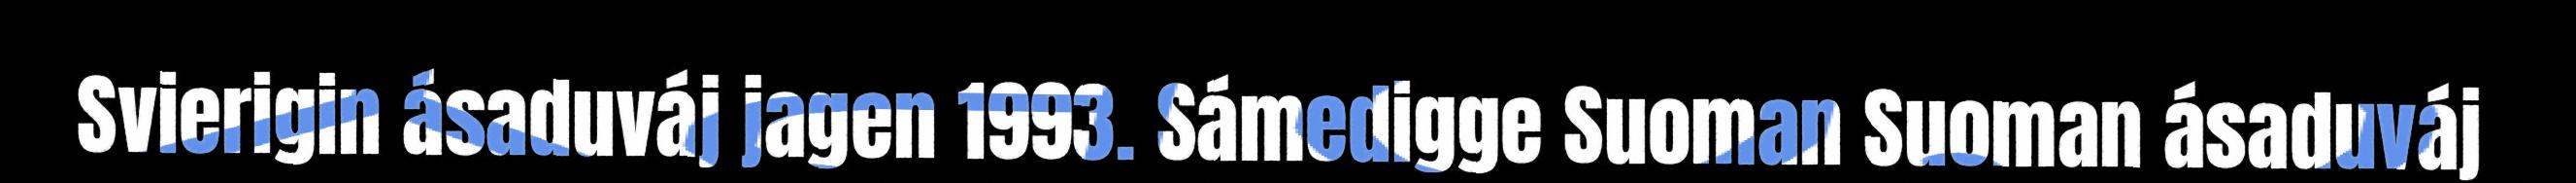
Svierigin ásaduváj jagen 1993. Sámedigge Suoman Suoman ásaduváj